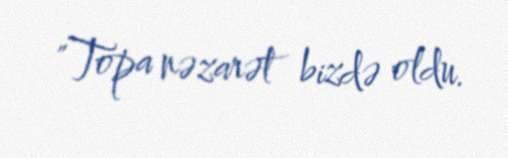
"Topa nəzarət bizdə oldu.